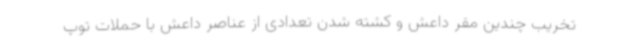
تخریب چندین مقر داعش و کشته شدن تعدادی از عناصر داعش با حملات توپ